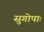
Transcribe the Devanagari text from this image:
सुगोपाः